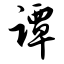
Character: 谭